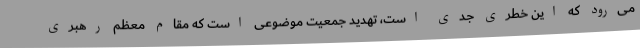
می‌رود که این خطری جدی است، تهدید جمعیت موضوعی است که مقام معظم رهبری